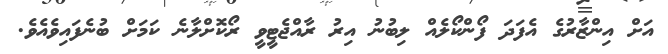
އަށް އިންޒާރުގެ އެފަދަ ފޯންކޯލެއް ލިބުނު އިރު ރާއްޖެޓީވީ ރޯކޮށްލާނެ ކަމަށް ބުނެފައިވެއެވެ.